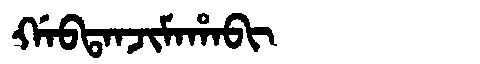
Manchu: ᡤᠠᠪᡨᠠᠨᠵᡳᠮᠠᡥᠠᠪᡳ
Romanization: GABTANJIMAHABI